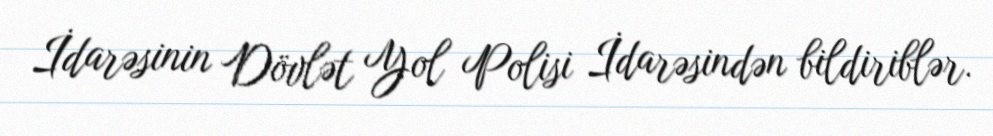
İdarəsinin Dövlət Yol Polisi İdarəsindən bildiriblər.